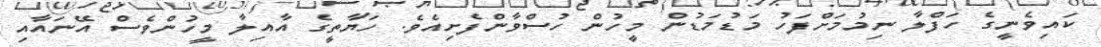
ކައިވެނީގެ ހަފްލާ ނިމުމަށްފަހު މަޑުމަޑުން މީހުން ހުސްވާންފެށިއެވެ. ހަޔާތީގެ އާއިލާ މީހުންވެސް އޭނައާއި